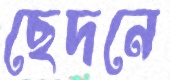
ছেদনে